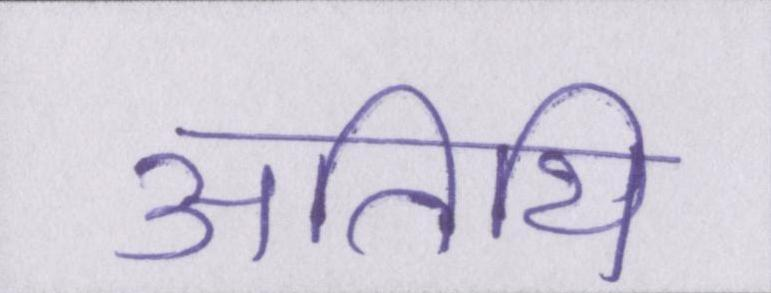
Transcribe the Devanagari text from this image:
अतिथि